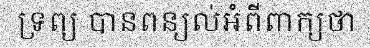
ទ្រព្យ បានពន្យល់អំពីពាក្យថា